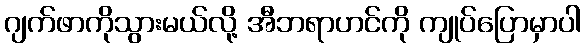
ဂျက်ဖာကိုသွားမယ်လို့ အီဘရာဟင်ကို ကျုပ်ပြောမှာပါ